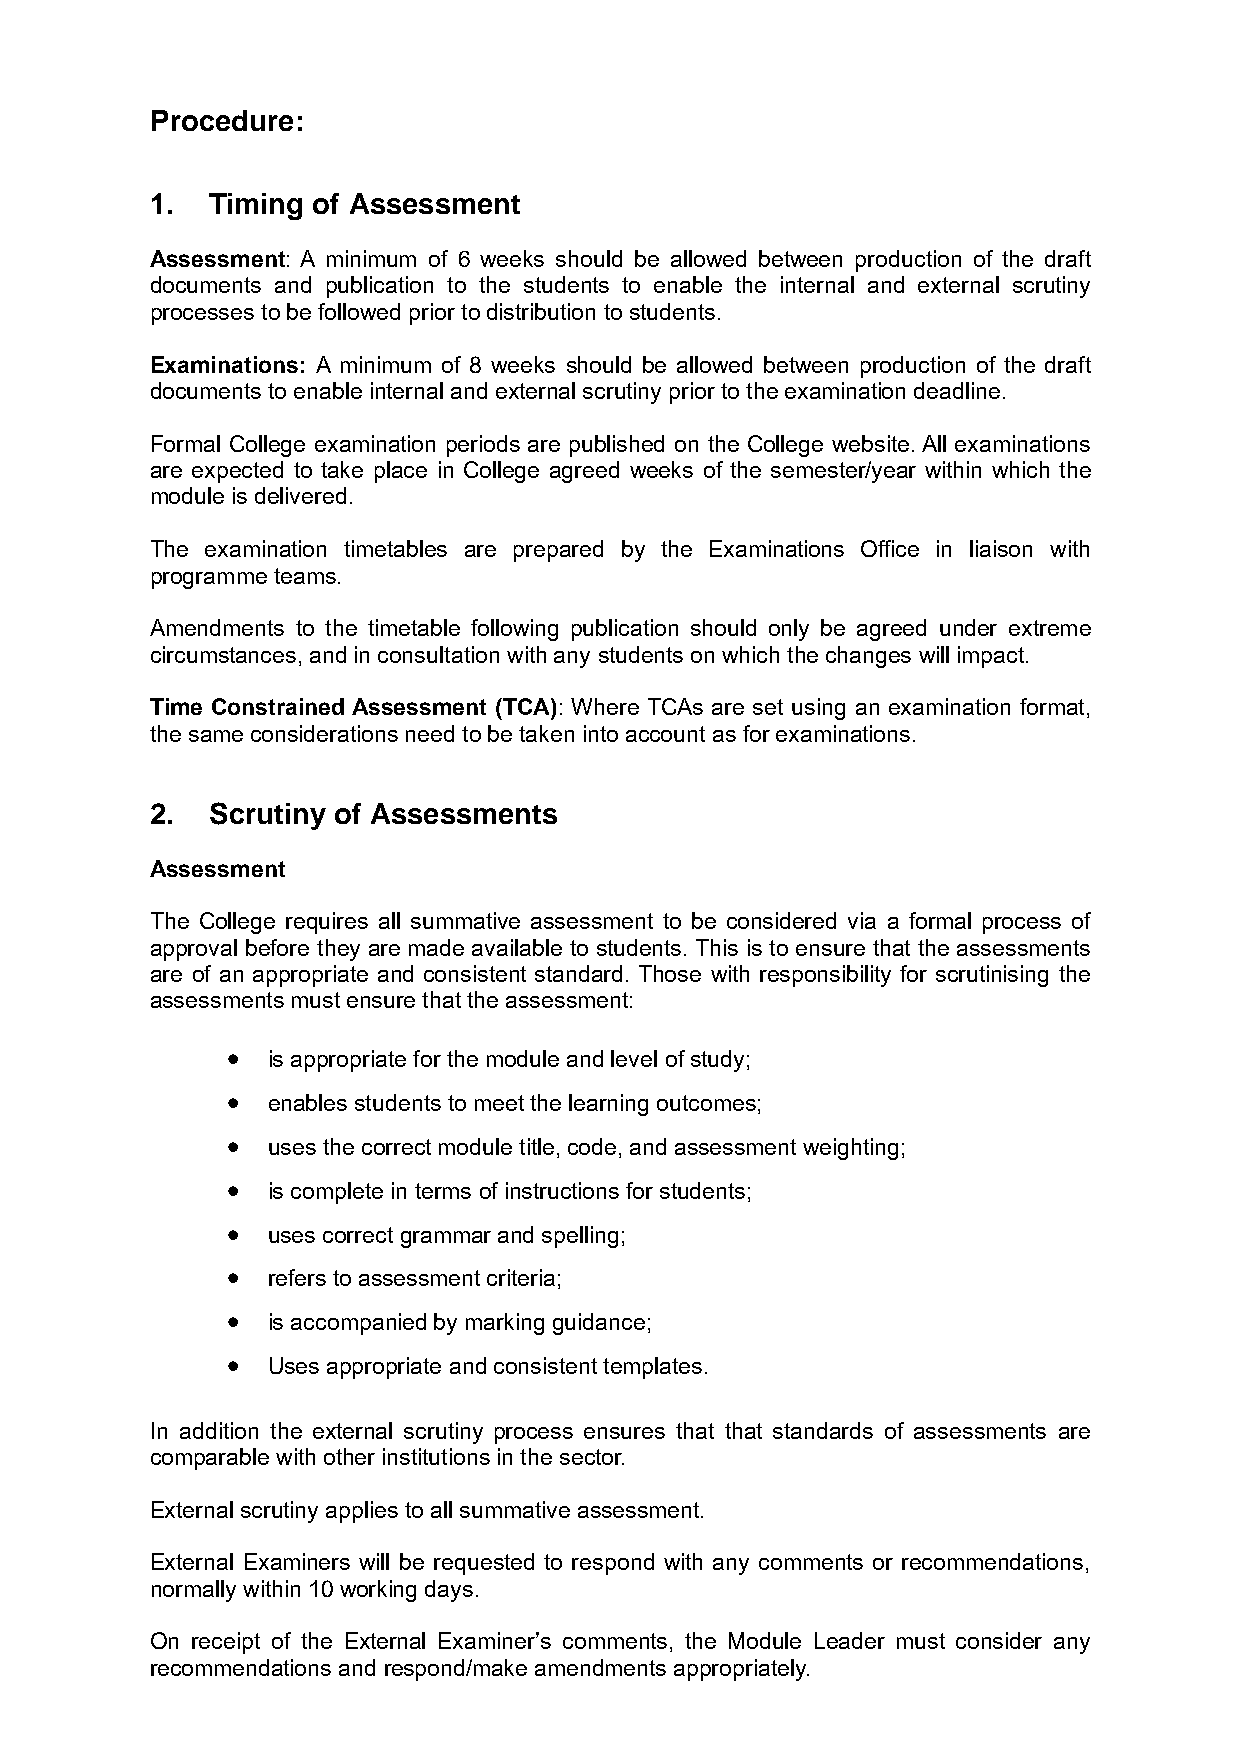
Procedure:
 1.  Timing of Assessment
 Assessment: A minimum of 6 weeks should be allowed between production of the draft
 documents and publication to the students to enable the internal and external scrutiny
 processes to be followed prior to distribution to students.
 Examinations: A minimum of 8 weeks should be allowed between production of the draft
 documents to enable internal and external scrutiny prior to the examination deadline.
 Formal College examination periods are published on the College website. All examinations
 are expected to take place in College agreed weeks of the semester/year within which the
 module is delivered.
 The examination timetables are prepared by the Examinations Office in liaison with
 programme teams.
 Amendments to the timetable following publication should only be agreed under extreme
 circumstances, and in consultation with any students on which the changes will impact.
 Time Constrained Assessment (TCA): Where TCAs are set using an examination format,
 the same considerations need to be taken into account as for examinations.
 2.  Scrutiny of Assessments
 Assessment
 The College requires all summative assessment to be considered via a formal process of
 approval before they are made available to students. This is to ensure that the assessments
 are of an appropriate and consistent standard. Those with responsibility for scrutinising the
 assessments must ensure that the assessment:
 •  is appropriate for the module and level of study;
 •  enables students to meet the learning outcomes;
 •  uses the correct module title, code, and assessment weighting;
 •  is complete in terms of instructions for students;
 •  uses correct grammar and spelling;
 •  refers to assessment criteria;
 •  is accompanied by marking guidance;
 •  Uses appropriate and consistent templates.
 In addition the external scrutiny process ensures that that standards of assessments are
 comparable with other institutions in the sector.
 External scrutiny applies to all summative assessment.
 External Examiners will be requested to respond with any comments or recommendations,
 normally within 10 working days.
 On receipt of the External Examiner’s comments, the Module Leader must consider any
 recommendations and respond/make amendments appropriately.